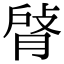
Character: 𦜹